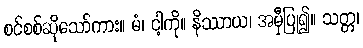
စင်စစ်ဆိုသော်ကား။ မံ၊ ငါ့ကို။ နိဿာယ၊ အမှီပြု၍။ သတ္တ၊